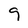
Character: 9